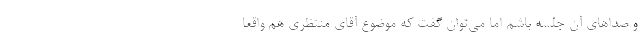
و صداهای آن جلسه باشم اما می‌توان گفت که موضوع آقای منتظری هم واقعا